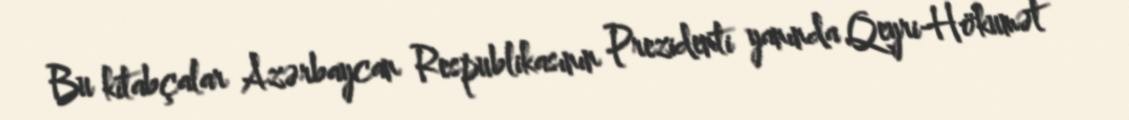
Bu kitabçalar Azərbaycan Respublikasının Prezidenti yanında Qeyri-Hökumət